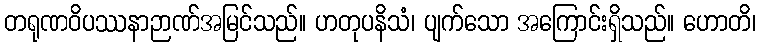
တရုဏဝိပဿနာဉာဏ်အမြင်သည်။ ဟတုပနိသံ၊ ပျက်သော အကြောင်းရှိသည်။ ဟောတိ၊